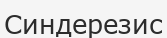
Синдерезис